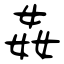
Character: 姦